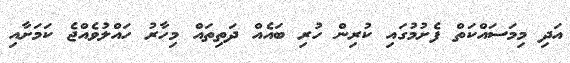
އަދި މިމަސައްކަތް ފެށުމުގައި ކުރިން ހުރި ބައެއް ދަތިތައް މިހާރު ހައްލުވެއްޖެ ކަމަށާއި